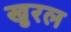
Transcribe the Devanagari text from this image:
खुरल